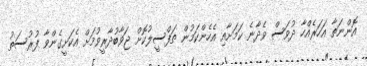
އޮންނަތާ އަހަރެއްހާ ދުވަސް ވެދާނެ ކަމަށާއި އެހެންކަމުން ތަފްސީލުކޮށް ޖަވާބުދާރީވުމަށް އެކަށީގެންވާ ފުރުސަތު